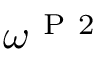
\omega ^ { \mathrm { ~ P ~ 2 ~ } }